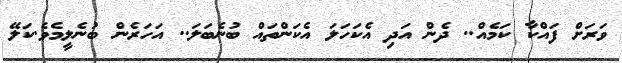
ވަރަށް ފައްކާ ކަމެއް.. ދެން އަދި އެކަހަލަ އެކަންތައް ބުނެބަލަ.. އަހަރެން ބުނެލީމެވެ.ކަލޭ